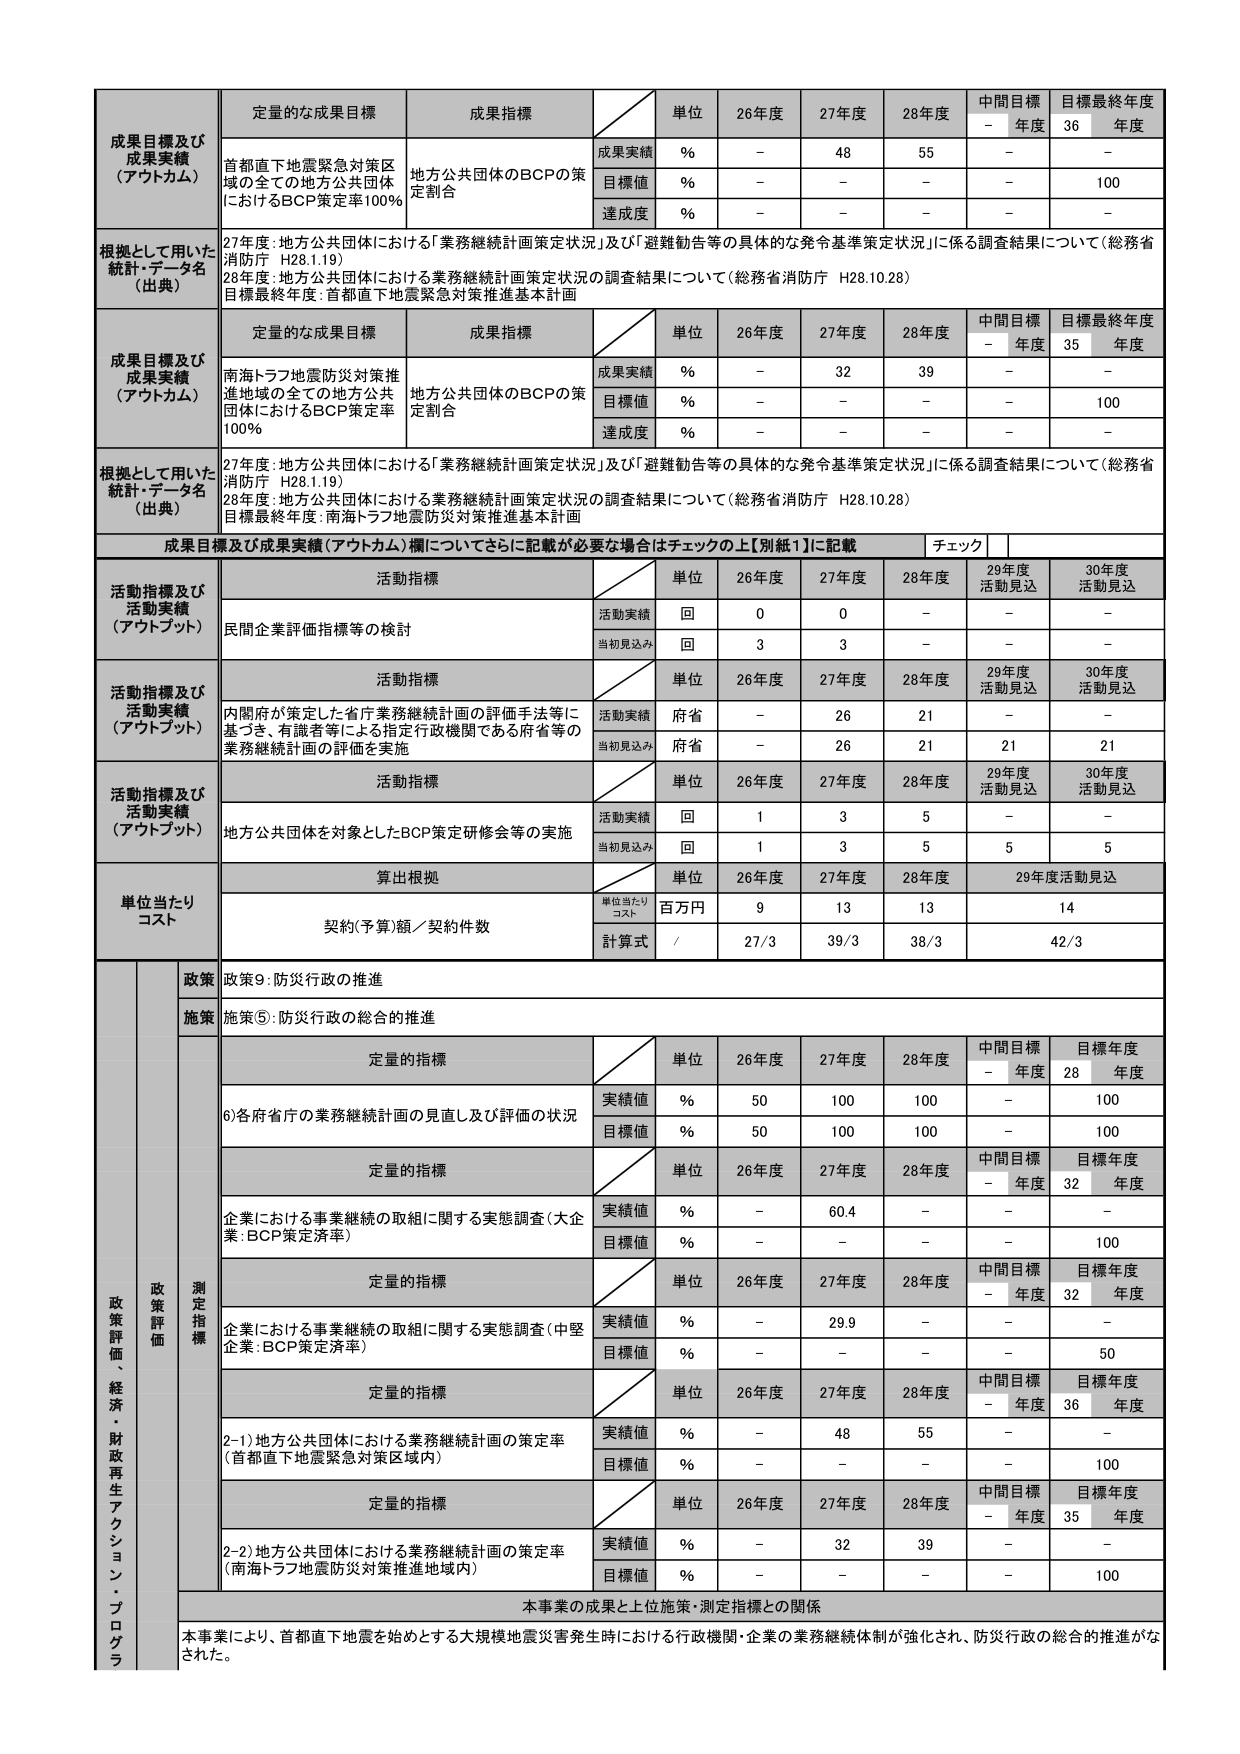
成果目標及び成果実績（アウトカム） 定量的な成果目標 成果指標 単位 26年度 27年度 28年度 中間目標 年度 目標最終年度 36 年度 首都直下地震緊急対策区域の全ての地方公共団体におけるBCP策定率100% 地方公共団体のBCPの策定割合 成果実績 % - 48 55 - - 目標値 % - - - - 100 達成度 % - - - - - 根拠として用いた統計・データ名（出典） 27年度：地方公共団体における「業務継続計画策定状況」及び「避難勧告等の具体的な発令基準策定状況」に係る調査結果について（総務省消防庁 H28.1.19） 28年度：地方公共団体における業務継続計画策定状況の調査結果について（総務省消防庁 H28.10.28） 目標最終年度：首都直下地震緊急対策推進基本計画 成果目標及び成果実績（アウトカム） 定量的な成果目標 成果指標 単位 26年度 27年度 28年度 中間目標 年度 目標最終年度 35 年度 南海トラフ地震防災対策推進地域の全ての地方公共団体におけるBCP策定率100% 地方公共団体のBCPの策定割合 成果実績 % - 32 39 - - 目標値 % - - - - 100 達成度 % - - - - - 根拠として用いた統計・データ名（出典） 27年度：地方公共団体における「業務継続計画策定状況」及び「避難勧告等の具体的な発令基準策定状況」に係る調査結果について（総務省消防庁 H28.1.19） 28年度：地方公共団体における業務継続計画策定状況の調査結果について（総務省消防庁 H28.10.28） 目標最終年度：南海トラフ地震防災対策推進基本計画 成果目標及び成果実績（アウトカム）欄についてさらに記載が必要な場合はチェックの上【別紙1】に記載 チェック 活動指標及び活動実績（アウトプット） 活動指標 単位 26年度 27年度 28年度 29年度 活動見込 30年度 活動見込 民間企業評価指標等の検討 活動実績 回 0 0 - - - 当初見込み 回 3 3 - - - 活動指標及び活動実績（アウトプット） 活動指標 単位 26年度 27年度 28年度 29年度 活動見込 30年度 活動見込 内閣府が策定した省庁業務継続計画の評価手法等に基づき、有識者等による指定行政機関である府省等の業務継続計画の評価を実施 活動実績 府省 - 26 21 - - 当初見込み 府省 - 26 21 21 21 活動指標及び活動実績（アウトプット） 活動指標 単位 26年度 27年度 28年度 29年度 活動見込 30年度 活動見込 地方公共団体を対象としたBCP策定研修会等の実施 活動実績 回 1 3 5 - - 当初見込み 回 1 3 5 5 5 単位当たりコスト 算出根拠 単位 26年度 27年度 28年度 29年度活動見込 契約(予算)額／契約件数 単位当たりコスト 百万円 9 13 13 14 計算式 / 27/3 39/3 38/3 42/3 政策 政策9：防災行政の推進 施策 施策⑤：防災行政の総合的推進 政策評価、経済・財政再生アクション・プログラム 測定指標 定量的指標 単位 26年度 27年度 28年度 中間目標 年度 目標年度 28 年度 6)各府省庁の業務継続計画の見直し及び評価の状況 実績値 % 50 100 100 - 100 目標値 % 50 100 100 - 100 定量的指標 単位 26年度 27年度 28年度 中間目標 年度 目標年度 32 年度 企業における事業継続の取組に関する実態調査（大企業：BCP策定済率） 実績値 % - 60.4 - - - 目標値 % - - - - 100 定量的指標 単位 26年度 27年度 28年度 中間目標 年度 目標年度 32 年度 企業における事業継続の取組に関する実態調査（中堅企業：BCP策定済率） 実績値 % - 29.9 - - - 目標値 % - - - - 50 定量的指標 単位 26年度 27年度 28年度 中間目標 年度 目標年度 36 年度 2-1)地方公共団体における業務継続計画の策定率（首都直下地震緊急対策区域内） 実績値 % - 48 55 - - 目標値 % - - - - 100 定量的指標 単位 26年度 27年度 28年度 中間目標 年度 目標年度 35 年度 2-2)地方公共団体における業務継続計画の策定率（南海トラフ地震防災対策推進地域内） 実績値 % - 32 39 - - 目標値 % - - - - 100 本事業の成果と上位施策・測定指標との関係 本事業により、首都直下地震を始めとする大規模地震災害発生時における行政機関・企業の業務継続体制が強化され、防災行政の総合的推進がなされた。